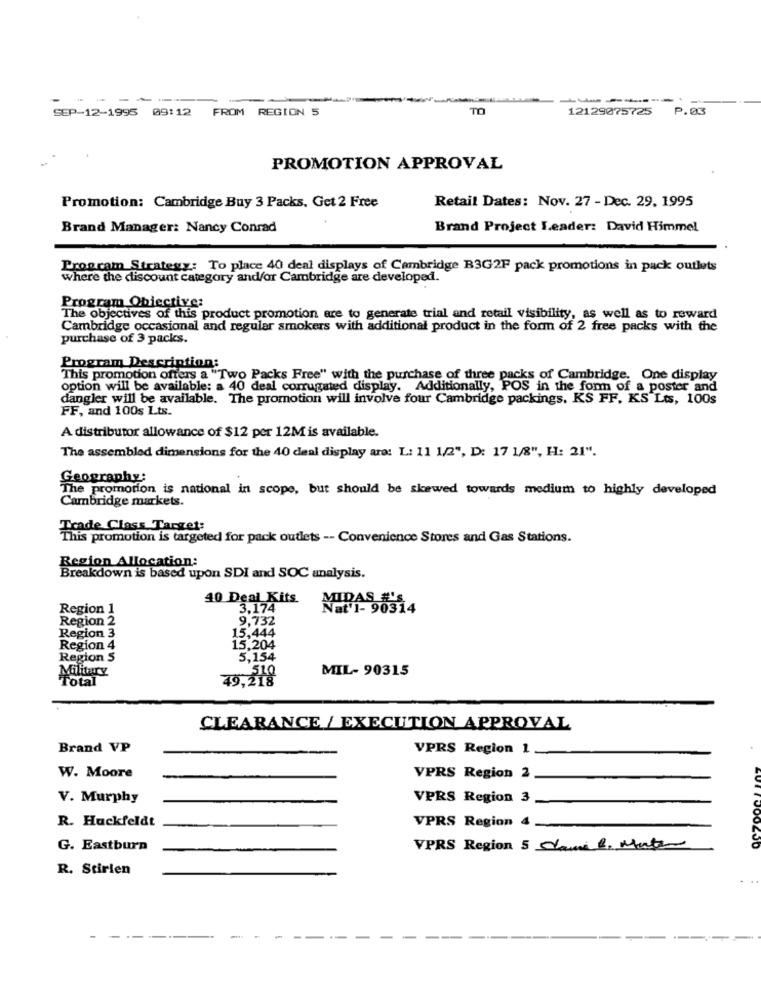
--
-------.
SEP-12-1995 09:12 FROM REGION 5
TO
12129075725
P.03
PROMOTION APPROVAL
Retail Dates: Nov. 27 - Dec. 29, 1995
Promotion: Cambridge Buy 3 Packs, Get 2 Free
Brand Manager: Nancy Conrad
Brand Project Leader: David Himmel
Program Strategy: To place 40 deal displays of Cambridge B3G2F pack promotions in pack outlets
where the discount category and/or Cambridge are developed.
Program Obiective:
The objectives of this product promotion are to generate trial and retail visibility, as well as to reward
Cambridge occasional and regular smokers with additional product in the form of 2 free packs with the
purchase of 3 packs.
Program Description:
This promotion offers a "Two Packs Free" with the purchase of three packs of Cambridge. One display
option will be available: a 40 deal corrugated display. Additionally, POS in the form of a poster and
dangler will be available. The promotion will involve four Cambridge packings, KS FF, KS Lts, 100s
FF, and 100s Lts.
A distributor allowance of $12 per 12M is available.
The assembled dimensions for the 40 deal display are: L: 11 1/2", D: 17 1/8", H: 21".
Geography:
The promotion is national in scope, but should be skewed towards medium to highly developed
Cambridge markets.
Trade Class Target:
This promotion is targeted for pack outlets -- Convenience Stores and Gas Stations.
Region Allocation:
Breakdown is based upon SDI and SOC analysis.
40 Deal Kits.
MIDAS #'S
Region 1
3.174
Region 2
9,732
15,444
Region 3
Region 4
15,204
Region 5
5,154
Military
MIL- 90315
Total
49,218
510
CLEARANCE / EXECUTION APPROVAL
Brand VP
VPRS Region 1
W. Moore
VPRS Region 2
V. Murphy
VPRS Region 3
R. Huckfeldt
VPRS Region 4-
G. Eastburn
VPRS Region 5 Jamil. Mate
R. Stirlen
...